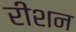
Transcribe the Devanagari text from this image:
रीशन